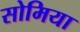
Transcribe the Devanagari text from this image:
सोमिया